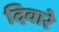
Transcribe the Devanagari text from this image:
दिवारे